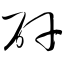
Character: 矸